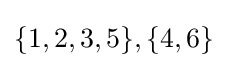
{\textstyle \{1,2,3,5\},\{4,6\}}